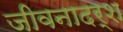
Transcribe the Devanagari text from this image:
जीवनादर्श